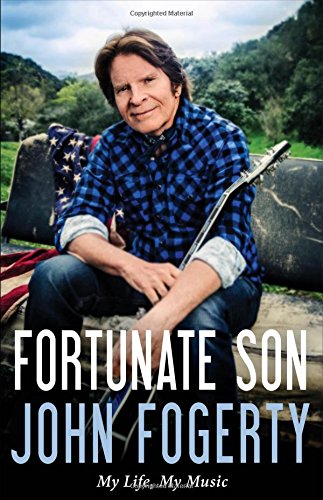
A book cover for Fortunate Son: My Life, My Music; John Fogerty; Humor & Entertainment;